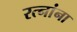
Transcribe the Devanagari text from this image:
रत्‍नांना